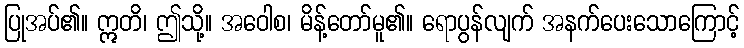
ပြုအပ်၏။ ဣတိ၊ ဤသို့။ အဝေါစ၊ မိန့်တော်မူ၏။ ရောပွန်လျက် အနက်ပေးသောကြောင့်